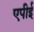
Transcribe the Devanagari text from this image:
एपीई